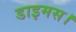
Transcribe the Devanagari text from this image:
डाइमस।